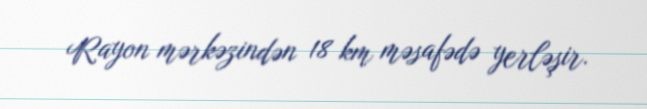
Rayon mərkəzindən 18 km məsafədə yerləşir.